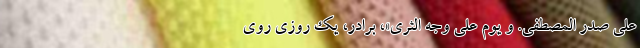
عَلی صَدرِ المصطفی. وَ یَومٌ عَلی وَجهِ الثَّری»، برادر، یک روزی روی